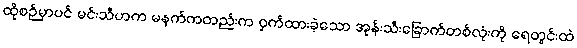
ထိုစဉ်မှာပင် မင်းသီဟက မနက်ကတည်းက ဝှက်ထားခဲ့သော အုန်းသီးခြောက်တစ်လုံးကို ရေတွင်းထဲ